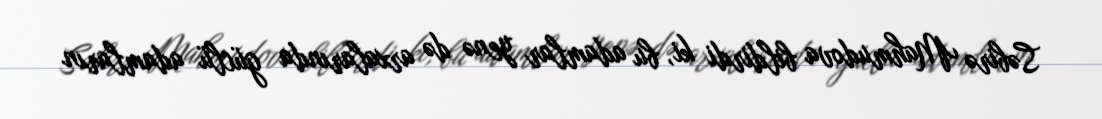
Səbirə Mahmudova bildirdi ki, bu adamlar yenə də arxalarında güclü adamların